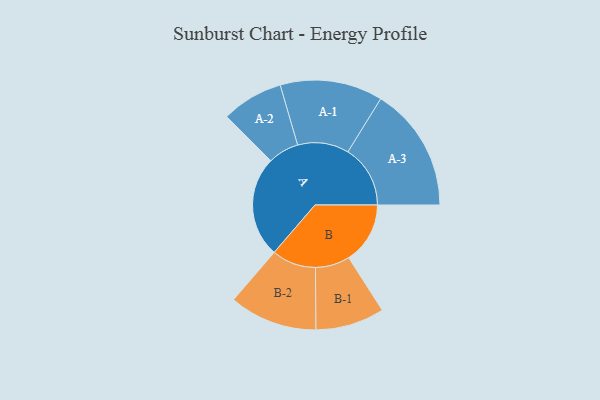
{"axis": {"x": "Segment", "y": "Value"}, "legend": ["", "A", "B"], "data": [{"x": "A", "y": 419, "type": ""}, {"x": "B", "y": 255, "type": ""}, {"x": "A-1", "y": 213, "type": "A"}, {"x": "A-2", "y": 128, "type": "A"}, {"x": "A-3", "y": 259, "type": "A"}, {"x": "B-1", "y": 143, "type": "B"}, {"x": "B-2", "y": 183, "type": "B"}]}